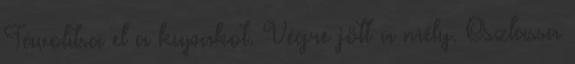
Távolítsa el a kupakot. Végre jött a mély. Oszlassa